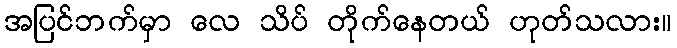
အပြင်ဘက်မှာ လေ သိပ် တိုက်နေတယ် ဟုတ်သလား။